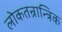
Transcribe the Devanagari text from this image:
लोकतन्रान्त्रिक